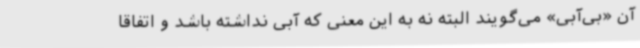
آن «بی‌آبی» می‌گویند البته نه به این معنی که آبی نداشته باشد و اتفاقاً